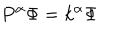
P ^ { \alpha } \Phi = k ^ { \alpha } \Phi